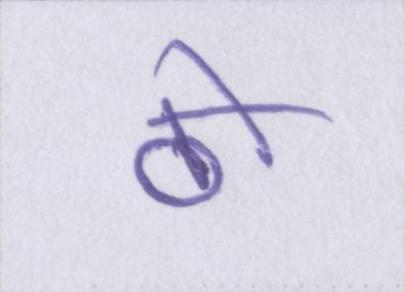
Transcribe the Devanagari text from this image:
ठो